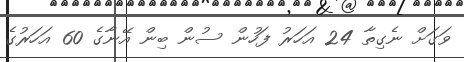
ވަގަށް ނެގިތާ 24 އަހަރު ފަހުން ސުން ބިން އޭނާގެ 60 އަހަރުގެ